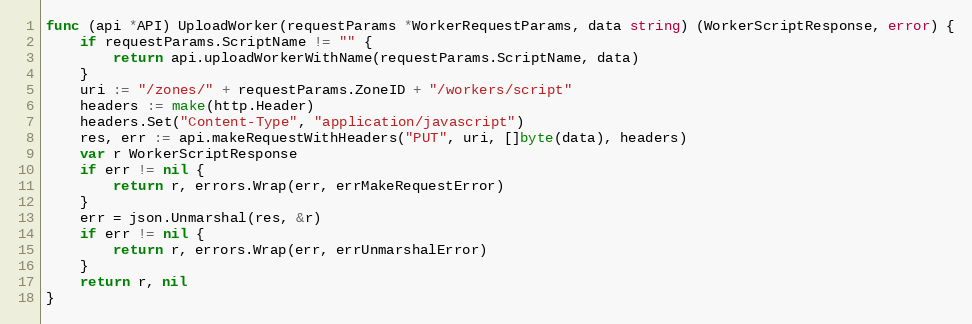
Language: Go
func (api *API) UploadWorker(requestParams *WorkerRequestParams, data string) (WorkerScriptResponse, error) {
	if requestParams.ScriptName != "" {
		return api.uploadWorkerWithName(requestParams.ScriptName, data)
	}
	uri := "/zones/" + requestParams.ZoneID + "/workers/script"
	headers := make(http.Header)
	headers.Set("Content-Type", "application/javascript")
	res, err := api.makeRequestWithHeaders("PUT", uri, []byte(data), headers)
	var r WorkerScriptResponse
	if err != nil {
		return r, errors.Wrap(err, errMakeRequestError)
	}
	err = json.Unmarshal(res, &r)
	if err != nil {
		return r, errors.Wrap(err, errUnmarshalError)
	}
	return r, nil
}